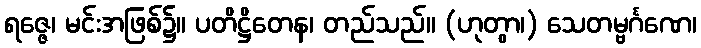
ရဇ္ဇေ၊ မင်းအဖြစ်၌။ ပတိဋ္ဌိတေန၊ တည်သည်။ (ဟုတွာ၊) သေတမ္ဗင်္ဂဏေ၊